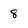
Character: 8